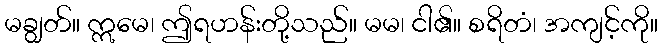
မချွတ်။ ဣမေ၊ ဤရဟန်းတို့သည်။ မမ၊ ငါ၏။ စရိတံ၊ အကျင့်ကို။